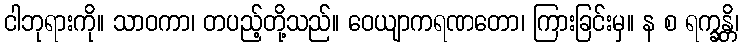
ငါဘုရားကို။ သာဝကာ၊ တပည့်တို့သည်။ ဝေယျာကရဏတော၊ ကြားခြင်းမှ။ န စ ရက္ခန္တိ၊